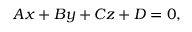
\begin{array} { r } { A x + B y + C z + D = 0 , } \end{array}